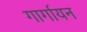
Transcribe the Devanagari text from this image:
गार्गायन